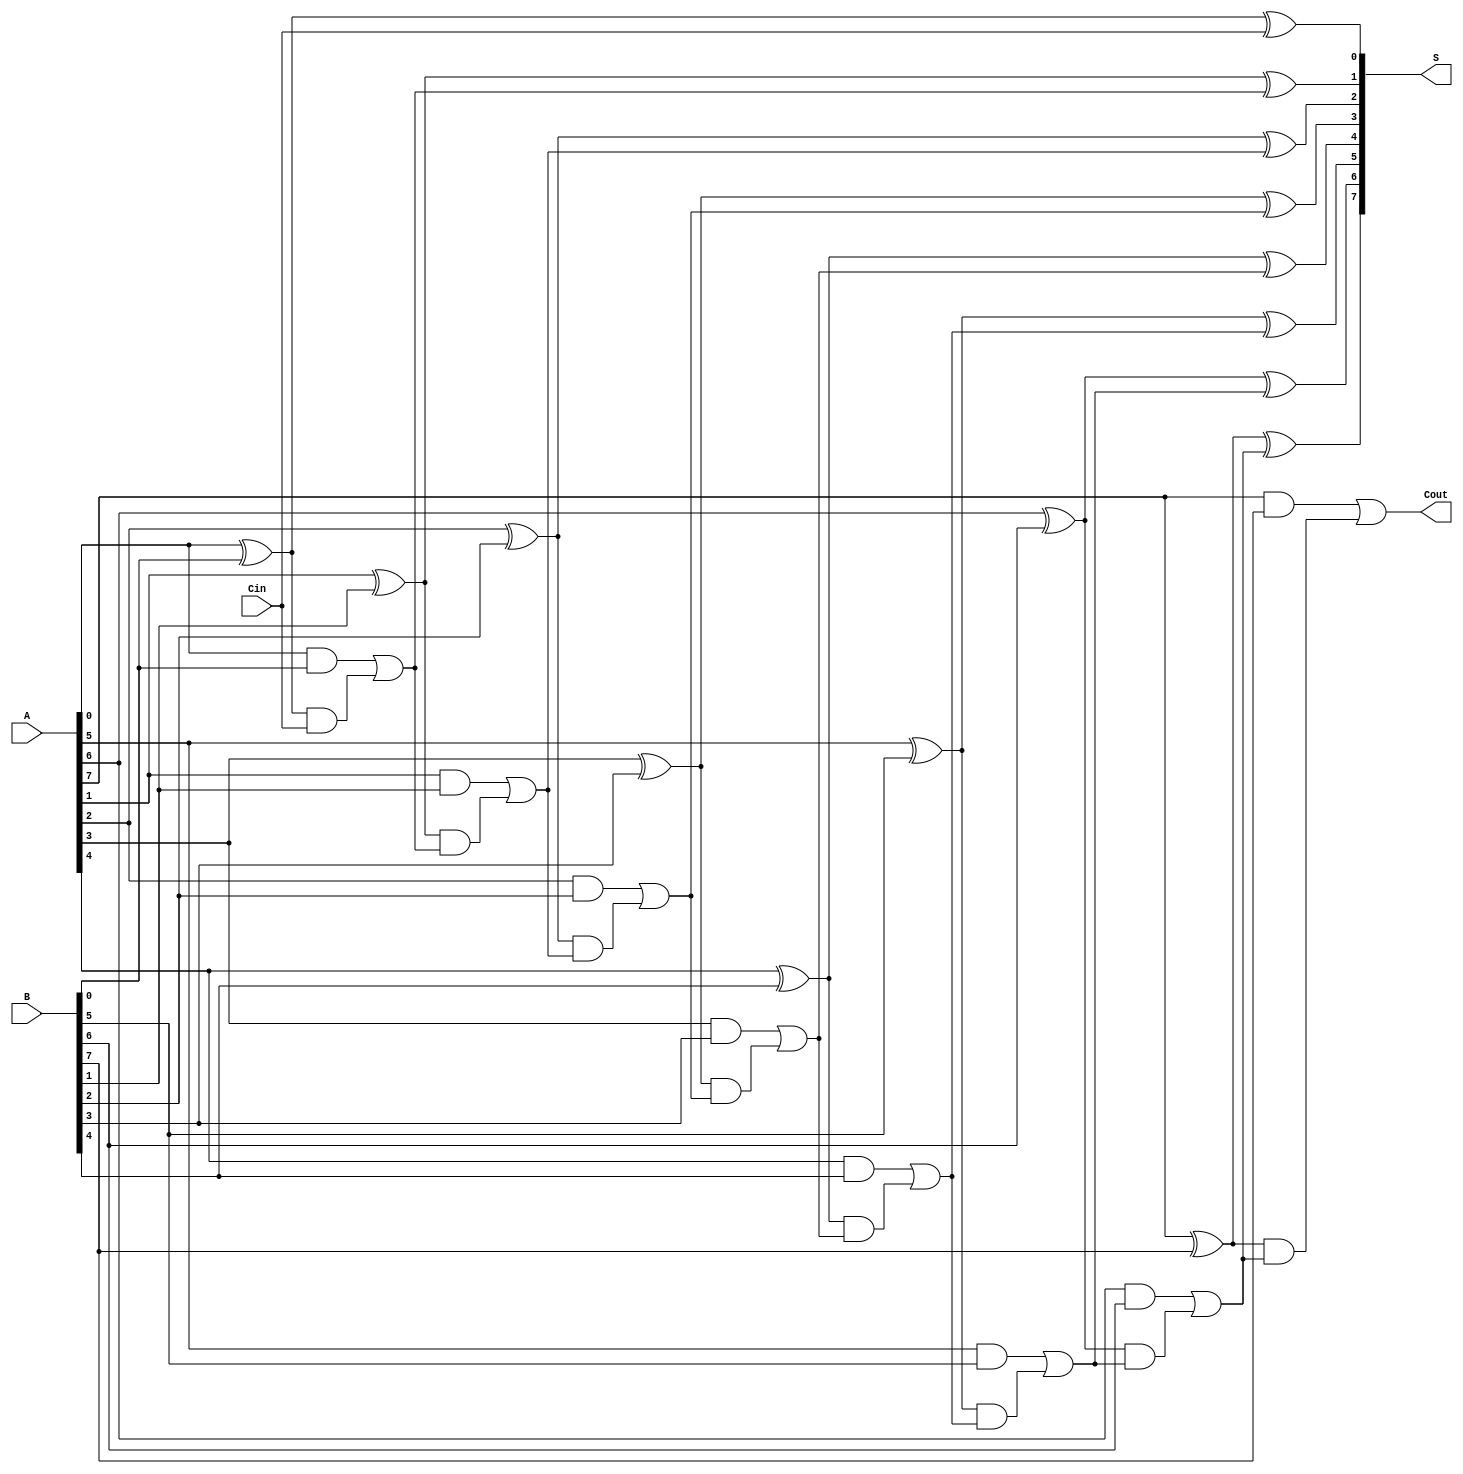
module SklanskyAdder #(parameter N = 8) (
    input  wire [N-1:0] A,     // First n-bit input
    input  wire [N-1:0] B,     // Second n-bit input
    input  wire Cin,           // Carry-in
    output wire [N-1:0] S,     // n-bit sum output
    output wire Cout           // Carry-out
);

    wire [N-1:0] G; // Generate signals
    wire [N-1:0] P; // Propagate signals
    wire [N:0] C;   // Carry signals (C[0] = Cin)

    // Generate and Propagate signals
    genvar i;
    generate
        for (i = 0; i < N; i = i + 1) begin : gen_prop
            assign G[i] = A[i] & B[i];  // Generate
            assign P[i] = A[i] ^ B[i];  // Propagate
        end
    endgenerate

    // Carry signals
    assign C[0] = Cin; // Initial carry-in
    generate
        for (i = 1; i <= N; i = i + 1) begin : carry_calc
            assign C[i] = G[i-1] | (P[i-1] & C[i-1]); // Carry propagation
        end
    endgenerate

    // Sum calculation
    generate
        for (i = 0; i < N; i = i + 1) begin : sum_calc
            assign S[i] = P[i] ^ C[i]; // Sum
        end
    endgenerate

    // Carry-out
    assign Cout = C[N];

endmodule